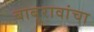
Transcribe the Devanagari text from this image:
बाबूरावांचा